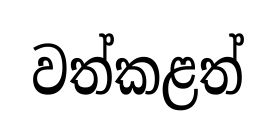
වත්කළත්